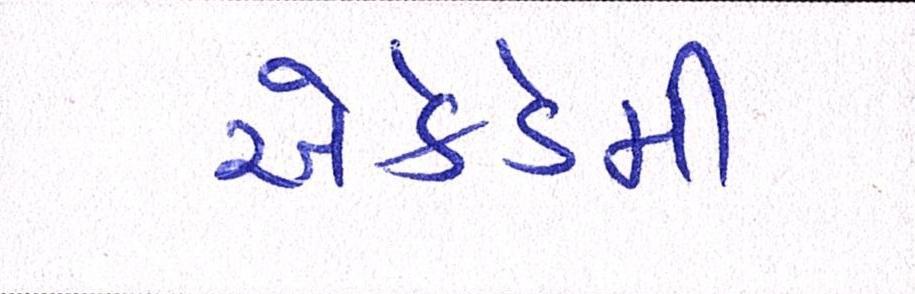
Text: એકેડેમી